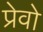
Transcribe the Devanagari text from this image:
प्रेवो